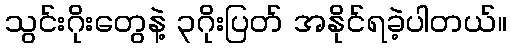
သွင်းဂိုးတွေနဲ့ ၃ဂိုးပြတ် အနိုင်ရခဲ့ပါတယ်။